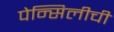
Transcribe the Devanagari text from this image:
पेन्सिलीची